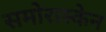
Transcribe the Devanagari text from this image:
समोरास्केन